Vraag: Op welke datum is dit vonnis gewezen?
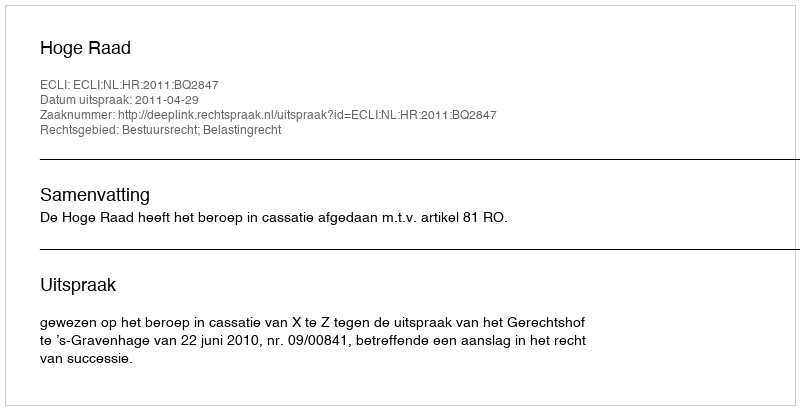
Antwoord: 2011-04-29